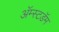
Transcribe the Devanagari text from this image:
अॅम्स्टडॅम